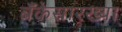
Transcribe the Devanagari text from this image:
बँकेसारख्या